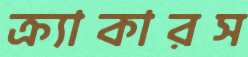
ক্র্যাকারস